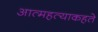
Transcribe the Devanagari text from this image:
आत्महत्याकहते